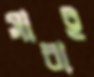
সারাই